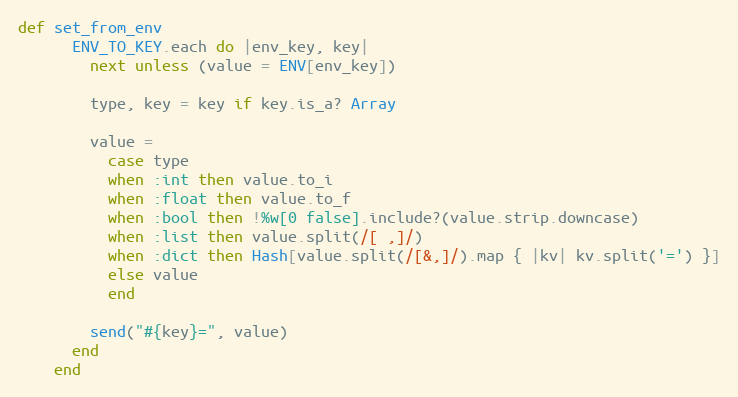
Language: Ruby
def set_from_env
      ENV_TO_KEY.each do |env_key, key|
        next unless (value = ENV[env_key])

        type, key = key if key.is_a? Array

        value =
          case type
          when :int then value.to_i
          when :float then value.to_f
          when :bool then !%w[0 false].include?(value.strip.downcase)
          when :list then value.split(/[ ,]/)
          when :dict then Hash[value.split(/[&,]/).map { |kv| kv.split('=') }]
          else value
          end

        send("#{key}=", value)
      end
    end